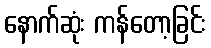
နောက်ဆုံး ကန်တော့ခြင်း